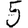
Digit: 5